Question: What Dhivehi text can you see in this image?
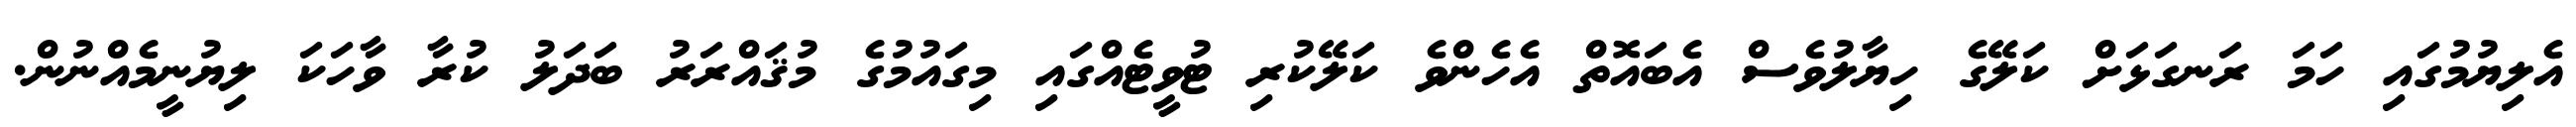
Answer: އެލިޔުމުގައި ހަމަ ރަނގަޅަށް ކަލޭގެ ހިޔާލުވެސް އެބައޮތް އެހެންވެ ކަލޭކުރި ޓުވީޓެއްގައި މިގައުމުގެ މުޤައްރަރު ބަދަލު ކުރާ ވާހަކަ ލިޔުނީމެއްނުން.